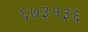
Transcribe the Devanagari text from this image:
६७३१३६